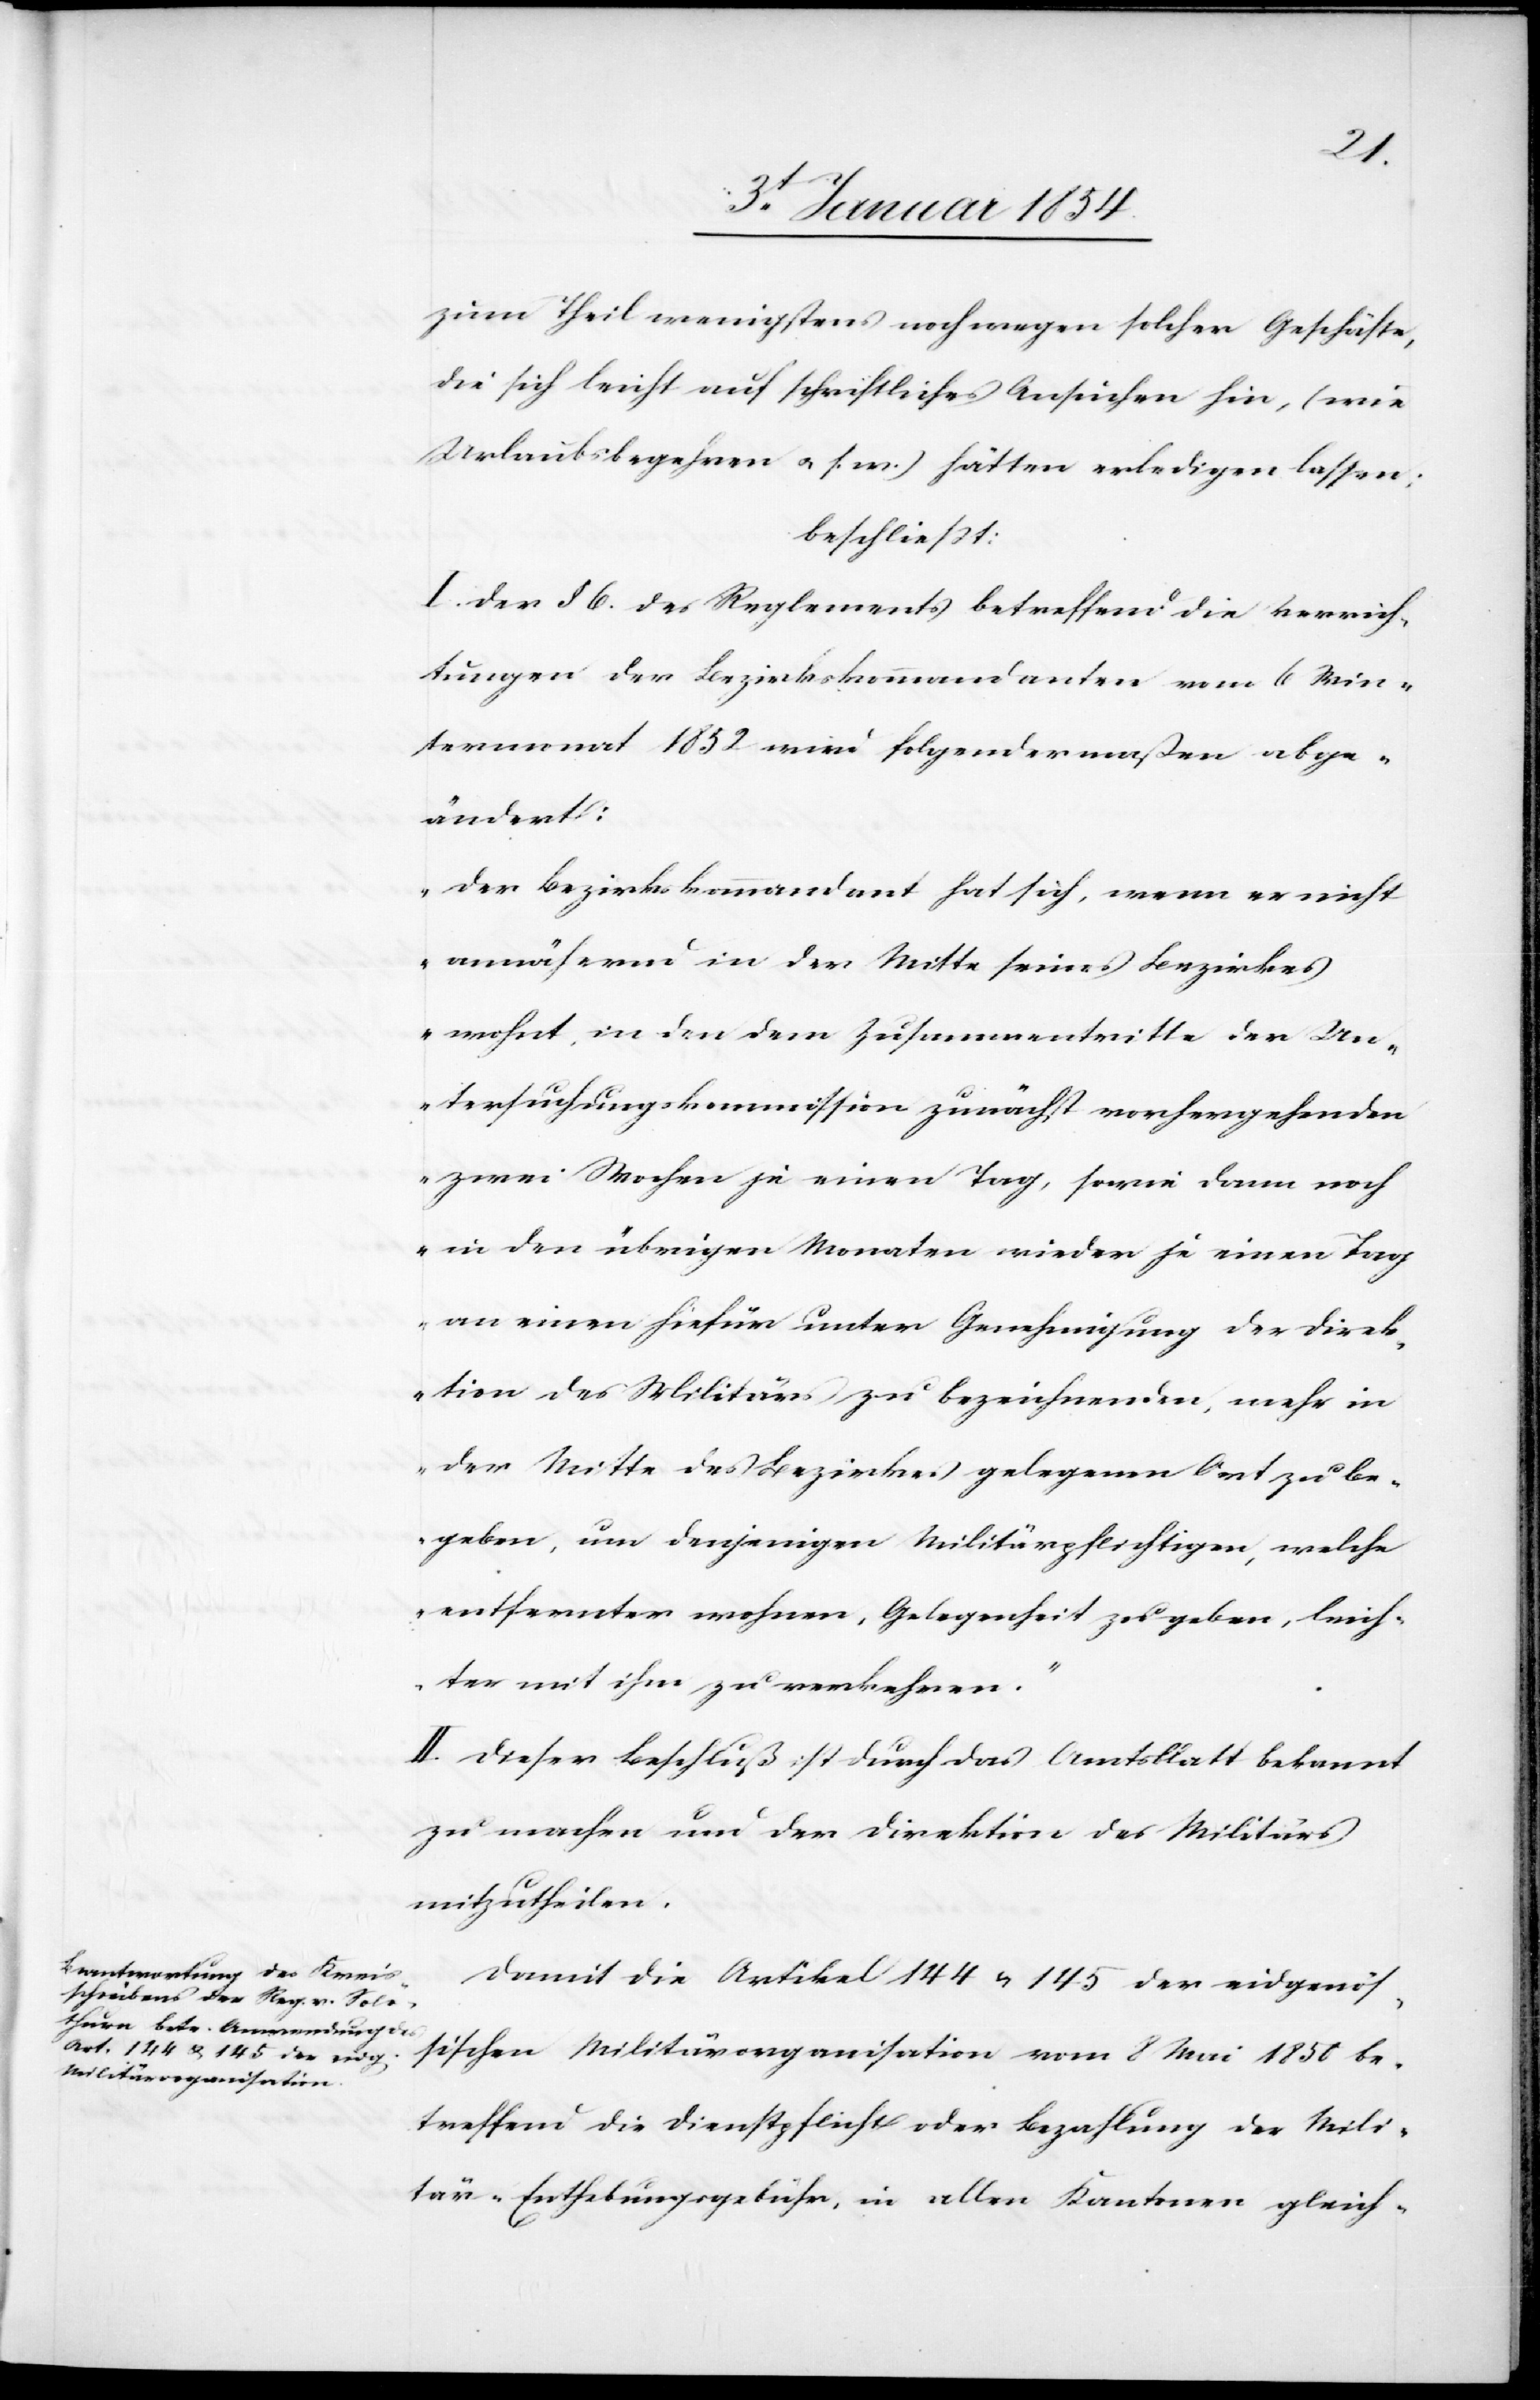
zum Theil wenigstens noch wegen solcher Geschäfte,
die sich leicht auf schriftliches Ansuchen hin, (wie
Urlaubsbegehren u. s. w.) hätten erledigen lassen:
beschließt:
I. Der § 6. des Reglements betreffend die Verrich¬
tungen der Bezirkskommandanten vom 6 Win¬
termonat 1852 wird folgendermaßen abge¬
ändert:
„Der Bezirkskommandant hat sich, wenn er nicht
annähernd in der Mitte seines Bezirkes
wohnt, in den dem Zusammentritte der Un¬
tersuchungskommission zunächst vorhergehenden
zwei Wochen je einen Tag, sowie dann noch
in den übrigen Monaten wieder je einen Tag
an einen hiefür unter Genehmigung der Direk¬
tion des Militärs zu bezeichnenden, mehr in
der Mitte des Bezirkes gelegenen Ort zu be¬
geben, um denjenigen Militärpflichtigen, welche
entfernter wohnen, Gelegenheit zu geben, leich¬
ter mit ihm zu verkehren.“
II. Dieser Beschluß ist durch das Amtsblatt bekannt
zu machen und der Direktion des Militärs
mitzutheilen.
Damit die Artikel 144 u. 145 der eidgenös¬
sischen Militärorganisation vom 8 Mai 1850 be¬
treffend die Dienstpflicht oder Bezahlung der Mili¬
tär-Enthebungsgebühr, in allen Kantonen gleich-